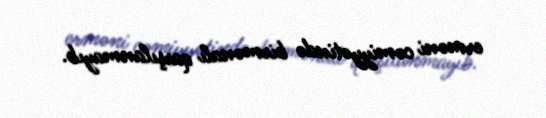
erməni cəmiyyətində birmənalı qarşılanmayıb.